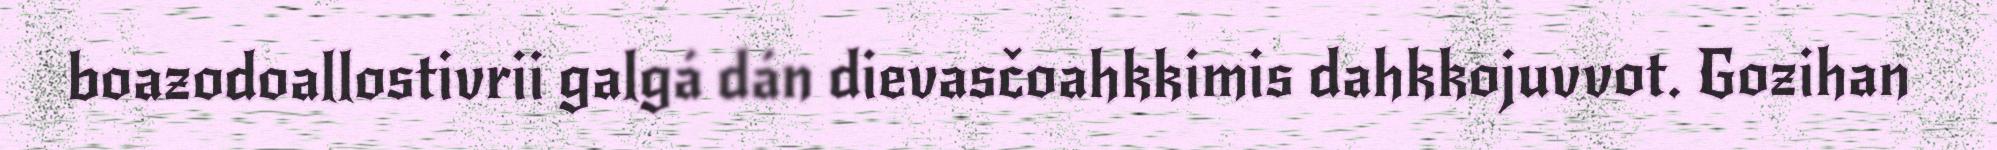
boazodoallostivrii galgá dán dievasčoahkkimis dahkkojuvvot. Gozihan